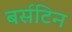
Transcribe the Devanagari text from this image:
बर्सटिन